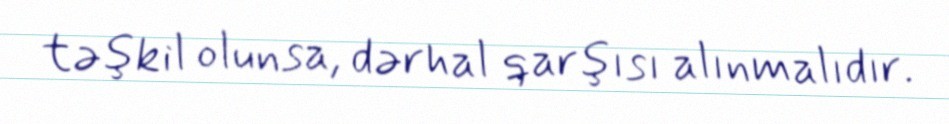
təşkil olunsa, dərhal qarşısı alınmalıdır.